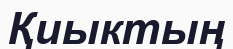
Қиыктың